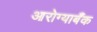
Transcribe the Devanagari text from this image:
आरोग्याबँक